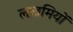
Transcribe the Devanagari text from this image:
लख़मियों